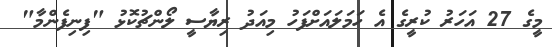
މީގެ 27 އަހަރު ކުރީގެ އެ ހަމަލައަށްފަހު މިއަދު ރިޔާސީ ލޯންޗުކޮޅު "ފިނިފެންމާ"